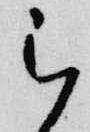
被